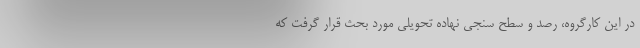
در این کارگروه، رصد و سطح سنجی نهاده تحویلی مورد بحث قرار گرفت که